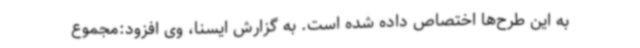
به این طرح‌ها اختصاص داده شده است. به گزارش ایسنا، وی افزود:مجموع